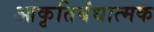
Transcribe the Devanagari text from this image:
आकृतिबंधात्मक